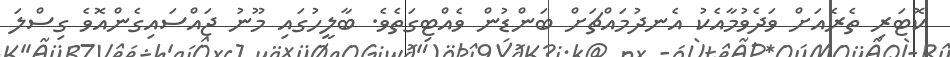
ކޮޓަރި ތެރެއަށް ވަދެވުމާއެކު އެނދުމައްޗަށް ބަންޑުން ވެއްޓިގަތެވެ. ބާލީހުގައި މޫނު ޖައްސައިގެންއޮވެ ގިސްލަ